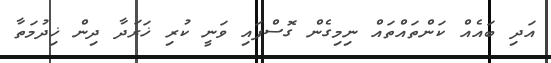
އަދި ބައެއް ކަންތައްތައް ނިމިގެން ގޮސްފައި ވަނީ ކުރި ޚަރަދާ ދިން ޚިދުމަތާ